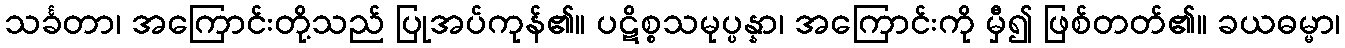
သင်္ခတာ၊ အကြောင်းတို့သည် ပြုအပ်ကုန်၏။ ပဋိစ္စသမုပ္ပန္နာ၊ အကြောင်းကို မှီ၍ ဖြစ်တတ်၏။ ခယဓမ္မာ၊